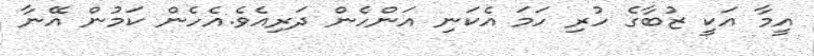
އީމާ އަކީ ޒުބާގެ ހުރި ހަމަ އެކަނި އަންހެން ދަރިއެވެ.އެހެން ކަމުން އޭނާ